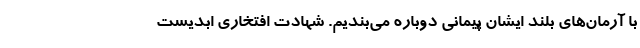
با آرمان‌های بلند ایشان پیمانی دوباره می‌بندیم. شهادت افتخاری ابدیست